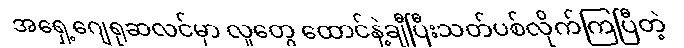
အရှေ့ဂျေရုဆလင်မှာ လူတွေ ထောင်နဲ့ချီပြီးသတ်ပစ်လိုက်ကြပြီတဲ့